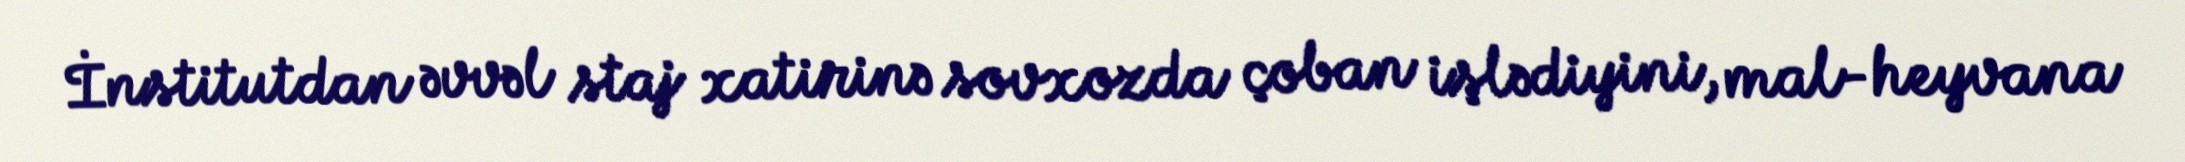
İnstitutdan əvvəl staj xatirinə sovxozda çoban işlədiyini, mal-heyvana